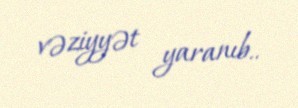
vəziyyət yaranıb..